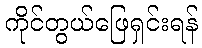
ကိုင်တွယ်ဖြေရှင်းရန်